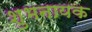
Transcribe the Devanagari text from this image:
शुभनायक